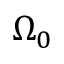
\Omega _ { 0 }